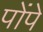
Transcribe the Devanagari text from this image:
पोंपे